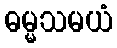
ဓမ္မသမယံ